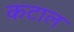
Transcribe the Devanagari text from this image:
कटाल